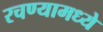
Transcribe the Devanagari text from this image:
रचण्यामध्ये